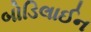
બોડિલાઈન